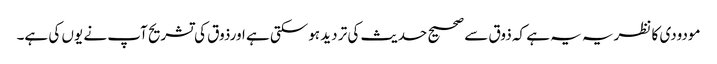
مودودی کا نظریہ یہ ہے کہ ذوق سے صحیح حدیث کی تر دید ہوسکتی ہے اورذوق کی تشریح آپ نے یوں کی ہے۔